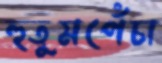
হুতুমপেঁচা